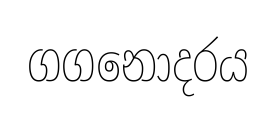
ගගනොදරය